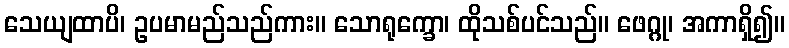
သေယျထာပိ၊ ဥပမာမည်သည်ကား။ သောရုက္ခော၊ ထိုသစ်ပင်သည်။ ဖေဂ္ဂု၊ အကာရှိ၍။